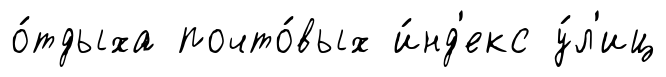
о́тдыха почто́вых и́нд'екс у́л'иц